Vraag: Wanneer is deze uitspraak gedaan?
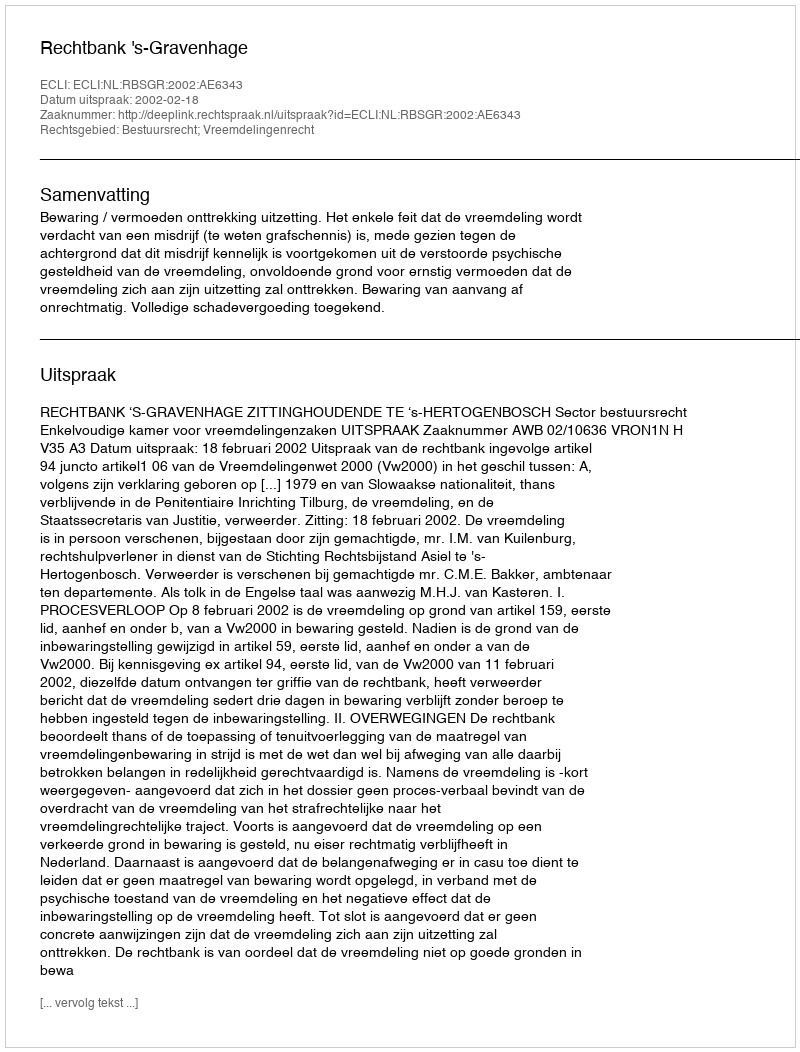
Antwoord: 2002-02-18